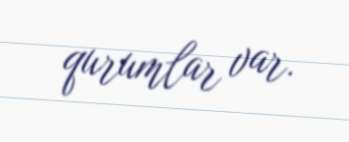
qurumlar var.